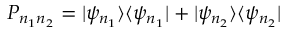
P _ { n _ { 1 } n _ { 2 } } = | \psi _ { n _ { 1 } } \rangle \langle \psi _ { n _ { 1 } } | + | \psi _ { n _ { 2 } } \rangle \langle \psi _ { n _ { 2 } } |